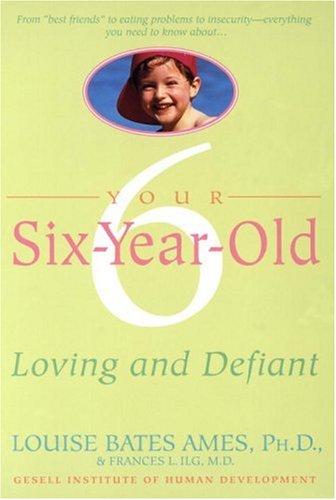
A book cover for Your Six-Year-Old: Loving and Defiant; Louise Bates Ames; Parenting & Relationships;